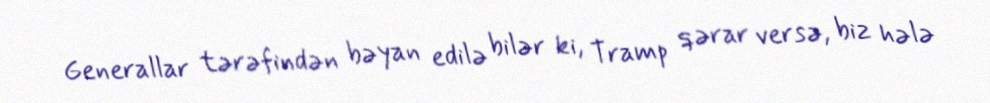
Generallar tərəfindən bəyan edilə bilər ki, Tramp qərar versə, biz hələ